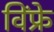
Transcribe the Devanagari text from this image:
विंफ्रे